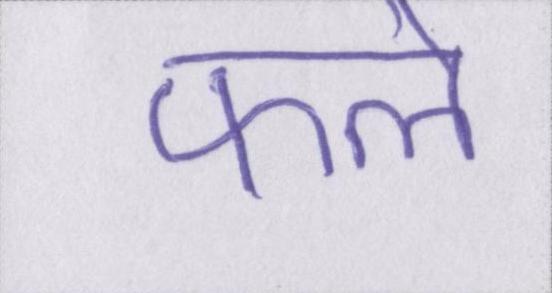
फले